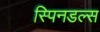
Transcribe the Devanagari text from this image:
स्पिनडल्स